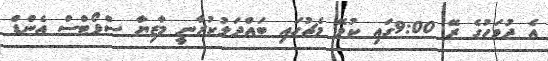
އެ ދުވަހުގެ ރޭ 9:00ގައި ކުޅޭ މެޗުގައި ބައްދަލުކުރާނީ މާޒިޔާ ސްޕޯޓްސް އެންޑް